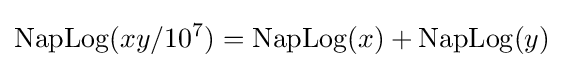
\mathrm {NapLog} (xy/10^{7})=\mathrm {NapLog} (x)+\mathrm {NapLog} (y)